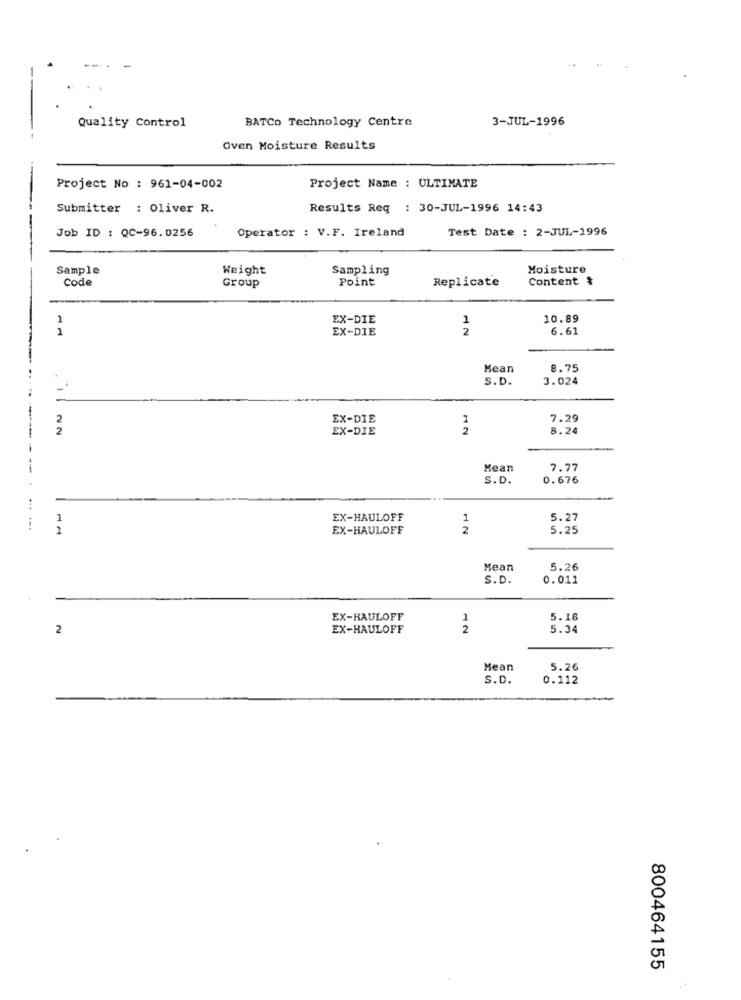
Quality Control
BATCO Technology Centre
3-JUL-1996
Oven Moisture Results
Project No : 961-04-002
Project Name : ULTIMATE
Submitter : Oliver R.
Results Req : 30-JUL-1996 14:43
Operator : V.F. Ireland
Test Date : 2-JUL-1996
Job ID : QC-96.0256
Sample
Weight
Sampling
Moisture
Code
Point
Replicate
Content &
Group
1
EX-DIE
1
10.89
1
2
6.61
EX-DIE
Mean
8.75
S.D.
3.024
2
EX-DIE
1
7.29
22
EX-DIE
2
8.24
Mean
7.77
S.D.
0.676
EX-HAULOFF
1
5.27
2
EX-HAULOFF
2
5.25
Mean
5.26
S.D.
0.011
EX-HAULOFF
1
5.16
2
EX-HAULOFF
2
5.34
Mean
5.26
S.D.
0.112
800464155